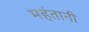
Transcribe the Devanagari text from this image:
महंतानी